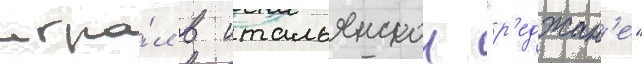
игра́л в итальянскои "р'еджан'е"